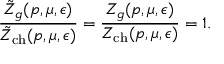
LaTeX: \frac { \tilde { Z } _ { g } ( p , \mu , \epsilon ) } { \tilde { Z } _ { \mathrm { c h } } ( p , \mu , \epsilon ) } = \frac { Z _ { g } ( p , \mu , \epsilon ) } { Z _ { \mathrm { c h } } ( p , \mu , \epsilon ) } = 1 .